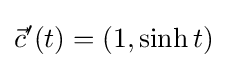
{\vec {c}}'(t)=(1,\sinh t)